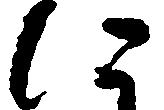
に